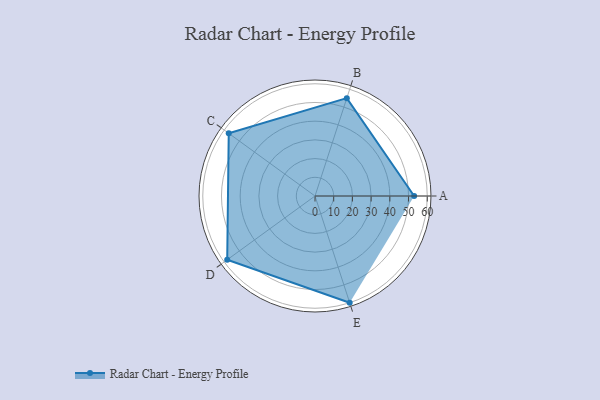
{"axis": {"x": "Skill", "y": "Score"}, "legend": ["Profile"], "data": [{"x": "A", "y": 53.0, "type": "Profile"}, {"x": "B", "y": 55.0, "type": "Profile"}, {"x": "C", "y": 57.0, "type": "Profile"}, {"x": "D", "y": 58.0, "type": "Profile"}, {"x": "E", "y": 60.0, "type": "Profile"}]}